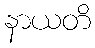
နာယတိ